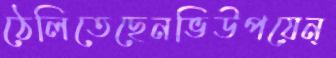
ঠেলিতেছেনভিউপয়েন্